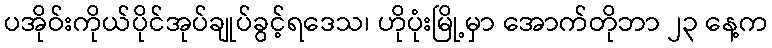
ပအိုဝ်းကိုယ်ပိုင်အုပ်ချုပ်ခွင့်ရဒေသ၊ ဟိုပုံးမြို့မှာ အောက်တိုဘာ ၂၃ နေ့က